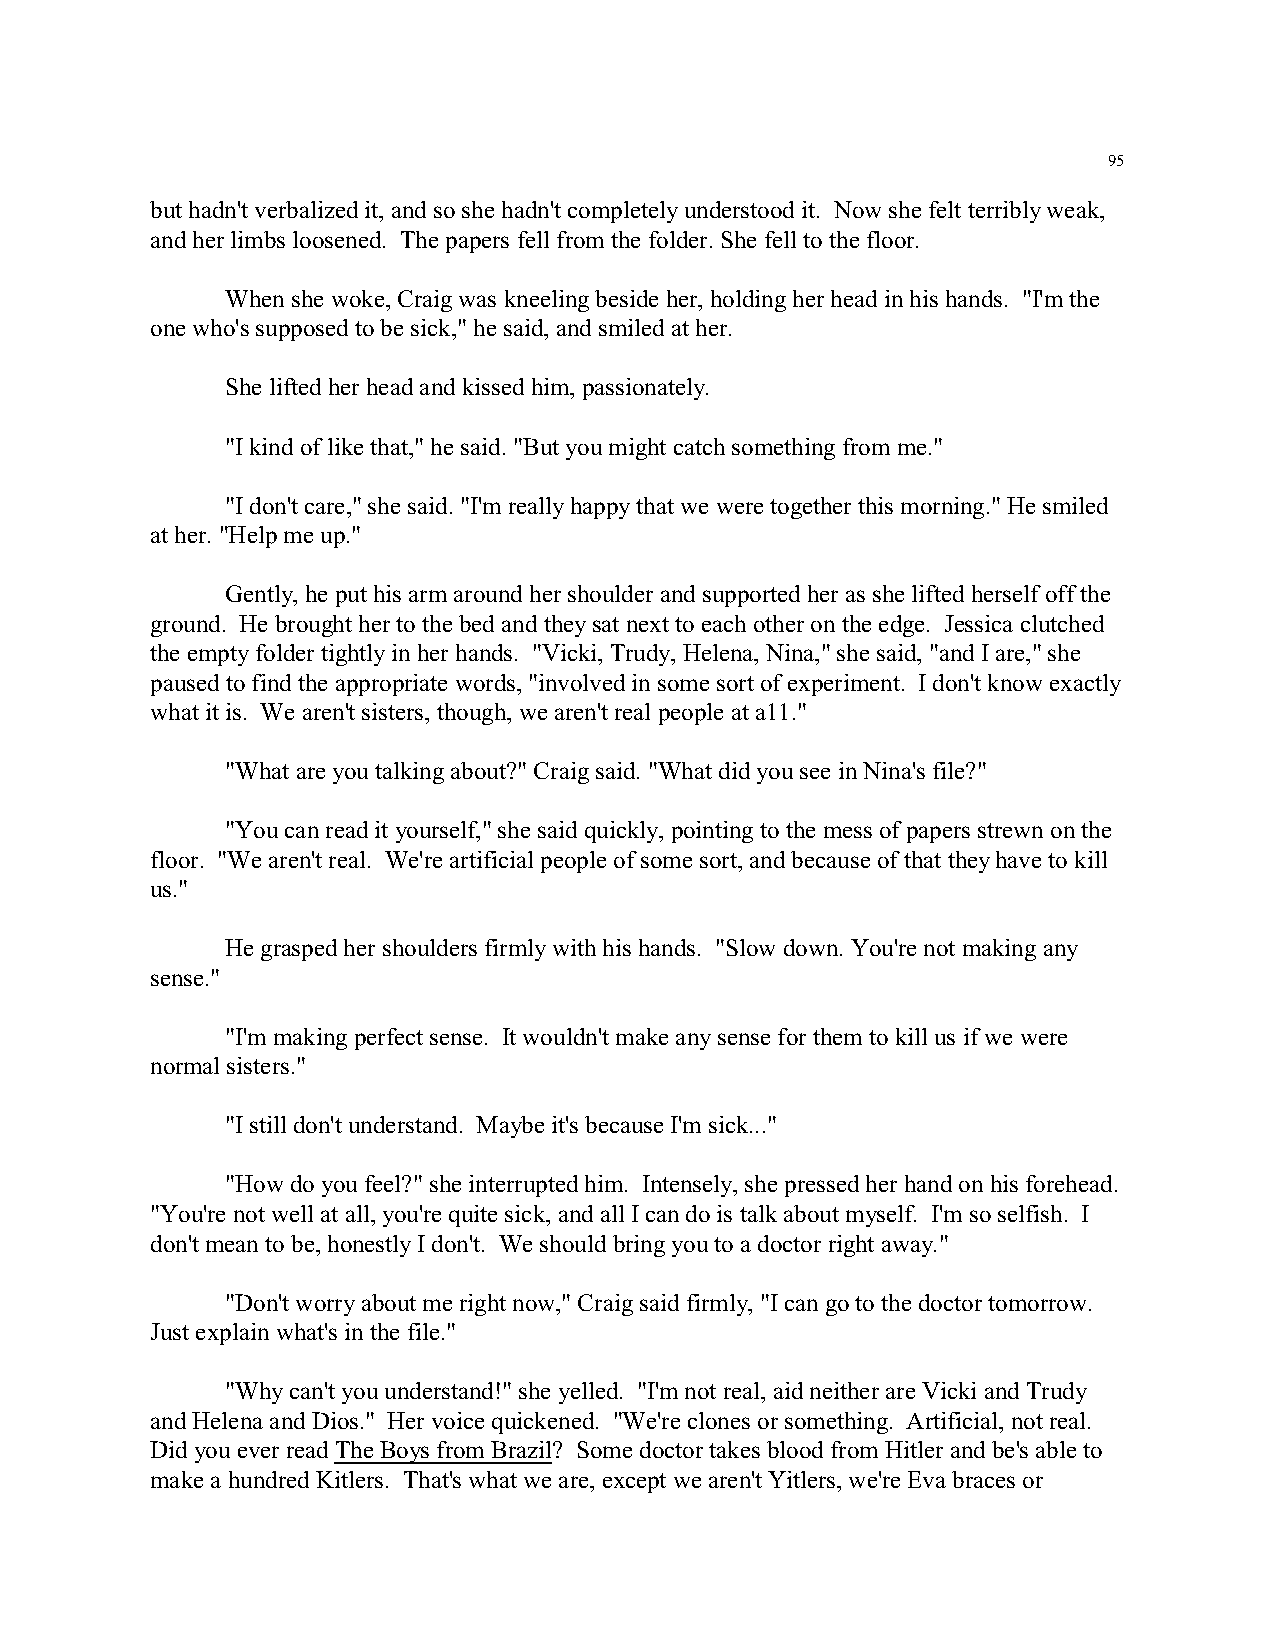
95
 but hadn't verbalized it, and so she hadn't completely understood it. Now she felt terribly weak,
 and her limbs loosened. The papers fell from the folder. She fell to the floor.
 When she woke, Craig was kneeling beside her, holding her head in his hands. "I'm the
 one who's supposed to be sick," he said, and smiled at her.
 She lifted her head and kissed him, passionately.
 "I kind of like that," he said. "But you might catch something from me."
 "I don't care," she said. "I'm really happy that we were together this morning." He smiled
 at her. "Help me up."
 Gently, he put his arm around her shoulder and supported her as she lifted herself off the
 ground. He brought her to the bed and they sat next to each other on the edge. Jessica clutched
 the empty folder tightly in her hands. "Vicki, Trudy, Helena, Nina," she said, "and I are," she
 paused to find the appropriate words, "involved in some sort of experiment. I don't know exactly
 what it is. We aren't sisters, though, we aren't real people at a11."
 "What are you talking about?" Craig said. "What did you see in Nina's file?"
 "You can read it yourself," she said quickly, pointing to the mess of papers strewn on the
 floor. "We aren't real. We're artificial people of some sort, and because of that they have to kill
 us."
 He grasped her shoulders firmly with his hands. "Slow down. You're not making any
 sense."
 "I'm making perfect sense. It wouldn't make any sense for them to kill us if we were
 normal sisters."
 "I still don't understand. Maybe it's because I'm sick..."
 "How do you feel?" she interrupted him. Intensely, she pressed her hand on his forehead.
 "You're not well at all, you're quite sick, and all I can do is talk about myself. I'm so selfish. I
 don't mean to be, honestly I don't. We should bring you to a doctor right away."
 "Don't worry about me right now," Craig said firmly, "I can go to the doctor tomorrow.
 Just explain what's in the file."
 "Why can't you understand!" she yelled. "I'm not real, aid neither are Vicki and Trudy
 and Helena and Dios." Her voice quickened. "We're clones or something. Artificial, not real.
 Did you ever read The Boys from Brazil? Some doctor takes blood from Hitler and be's able to
 make a hundred Kitlers. That's what we are, except we aren't Yitlers, we're Eva braces or